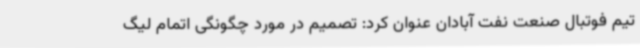
تیم فوتبال صنعت نفت آبادان عنوان کرد: تصمیم در مورد چگونگی اتمام لیگ